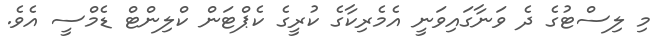
މި ލިސްޓުގެ ދެ ވަނާގައިވަނީ އެމެރިކާގެ ކުރީގެ ކެޕްޓަން ކްލިންޓް ޑެމްސީ އެވެ.